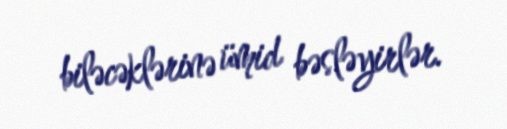
biləcəklərinə ümid bəsləyirlər.